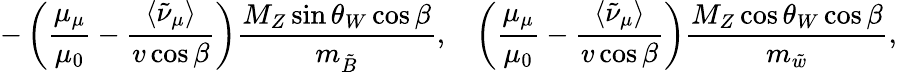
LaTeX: -\left({\frac{\mu_{\mu}}{\mu_{0}}}-{\frac{\langle\tilde{\nu}_{\mu}\rangle}{v\cos\beta}}\right){\frac{M_{Z}\sin\theta_{W}\cos\beta}{m_{\tilde{B}}}},~~~\left({\frac{\mu_{\mu}}{\mu_{0}}}-{\frac{\langle\tilde{\nu}_{\mu}\rangle}{v\cos\beta}}\right){\frac{M_{Z}\cos\theta_{W}\cos\beta}{m_{\tilde{w}}}},